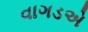
વાગડએ